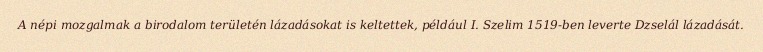
A népi mozgalmak a birodalom területén lázadásokat is keltettek, például I. Szelim 1519-ben leverte Dzselál lázadását.